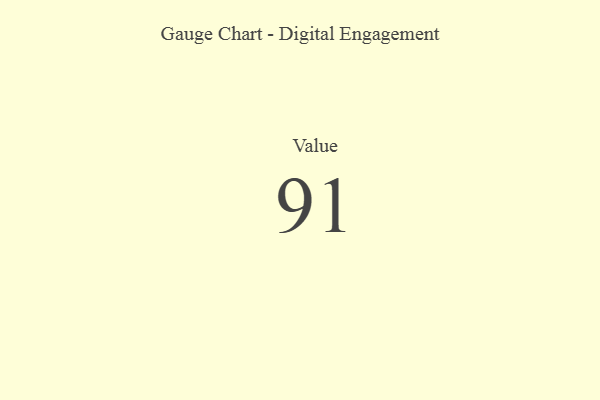
{"axis": {"x": "Metric", "y": "Value"}, "legend": [""], "data": [{"x": "Value", "y": 91, "type": ""}]}